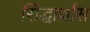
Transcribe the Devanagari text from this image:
सिद्धार्थास